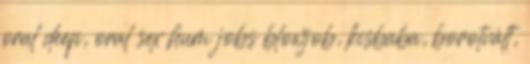
oral deep, oral sex hum jobs blowjob, kisbaba, borotvált,